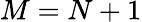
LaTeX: M=N+1